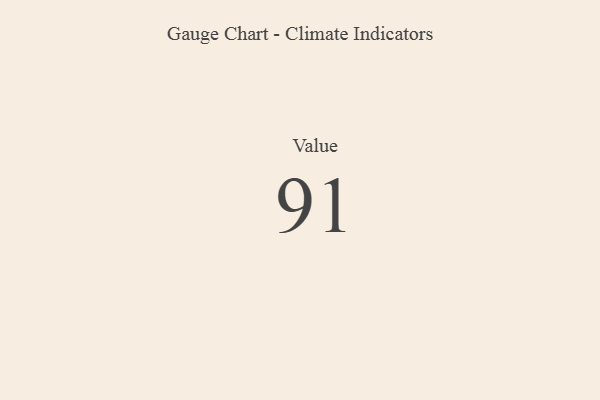
{"axis": {"x": "Metric", "y": "Value"}, "legend": [""], "data": [{"x": "Value", "y": 91, "type": ""}]}